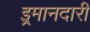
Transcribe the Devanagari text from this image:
इ्रमानदारी